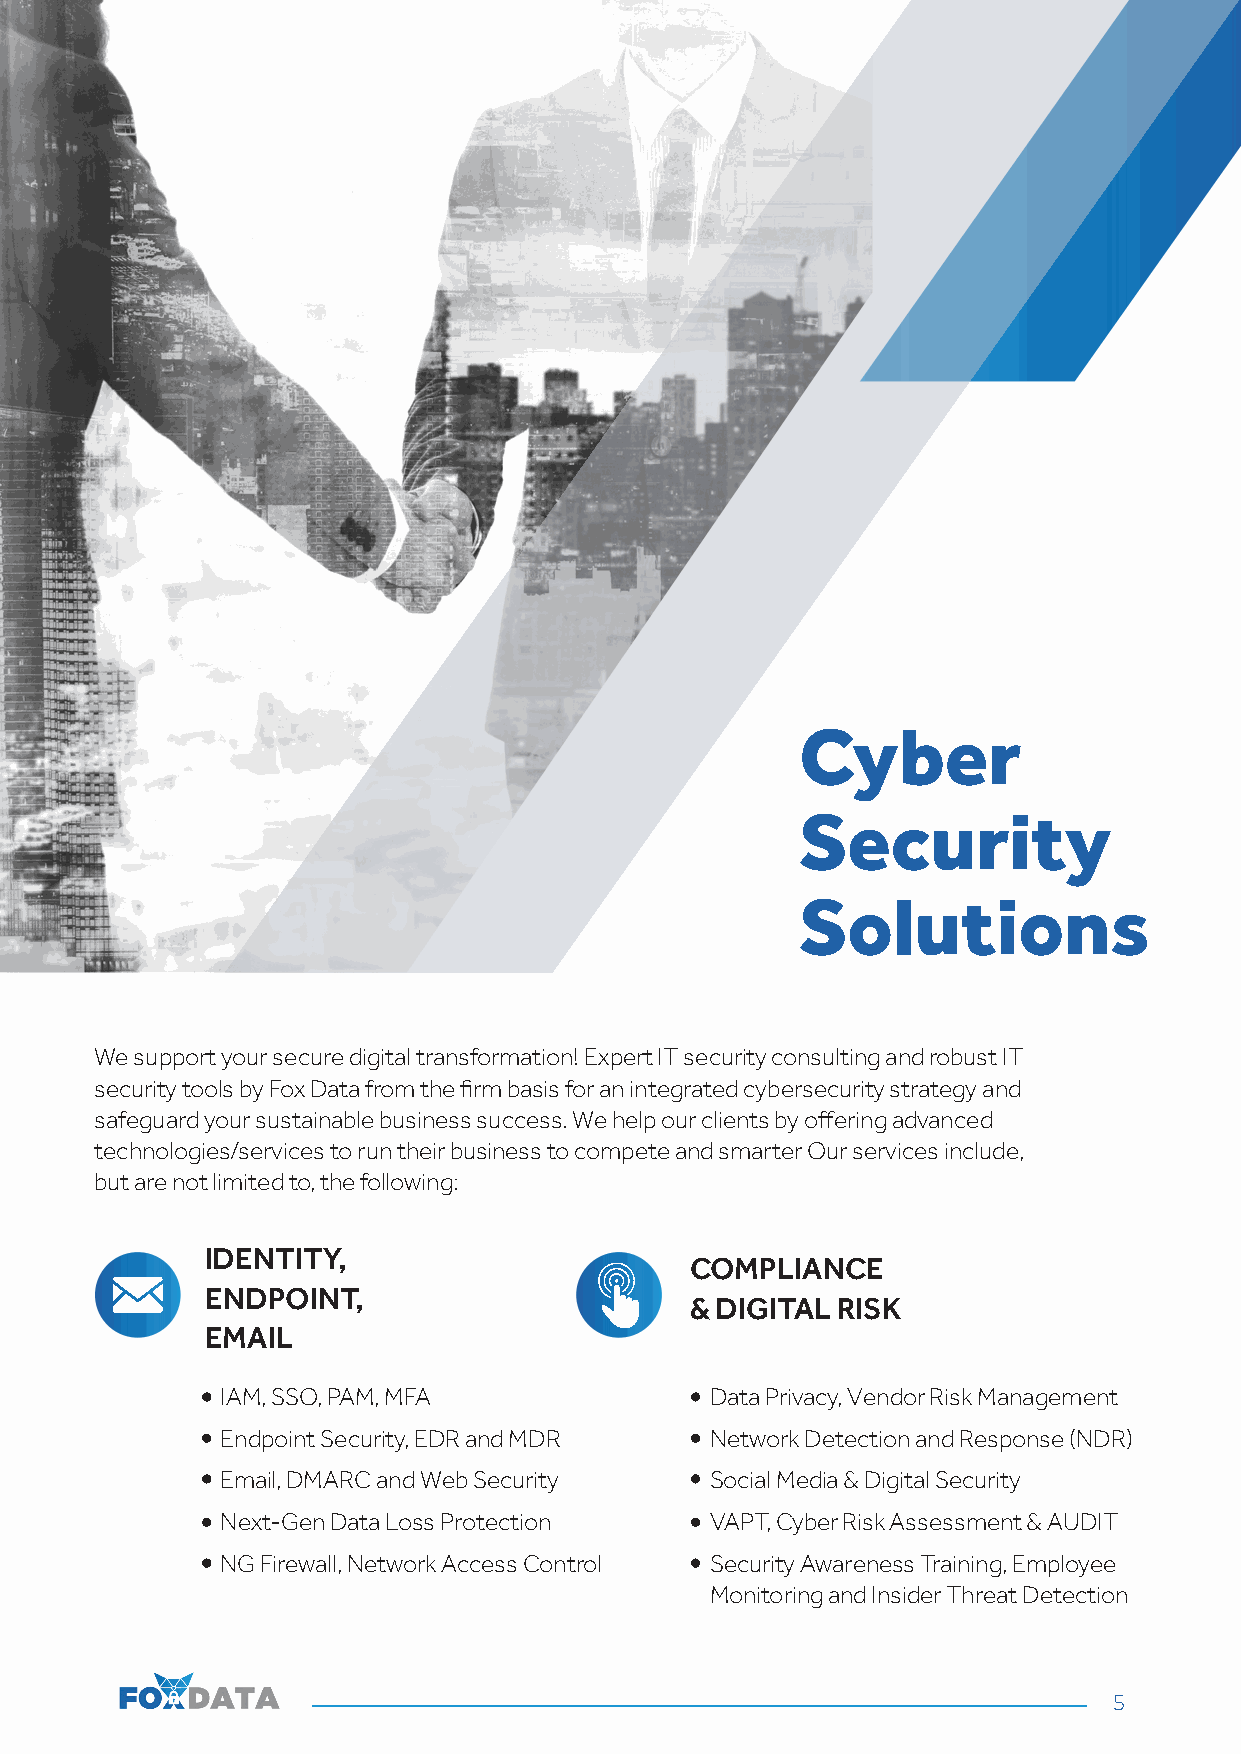
Cyber
 Security
 Solutions
 We support your secure digital transformation! Expert IT security consulting and robust IT
 security tools by Fox Data from the firm basis for an integrated cybersecurity strategy and
 safeguard your sustainable business success. We help our clients by offering advanced
 technologies/services to run their business to compete and smarter Our services include,
 but are not limited to, the following:
 IDENTITY,
 COMPLIANCE
 ENDPOINT,
 & DIGITAL RISK
 EMAIL
 IAM, SSO, PAM, MFA              Data Privacy, Vendor Risk Management
 Endpoint Security, EDR and MDR  Network Detection and Response (NDR)
 Email, DMARC and Web Security   Social Media & Digital Security
 Next-Gen Data Loss Protection   VAPT, Cyber Risk Assessment & AUDIT
 NG Firewall, Network Access Control Security Awareness Training, Employee
 Monitoring and Insider Threat Detection
 5